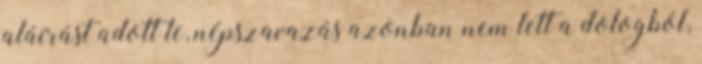
aláírást adott le, népszavazás azonban nem lett a dologból,